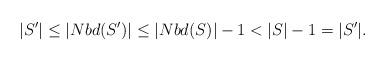
LaTeX: \begin{align*} |S'| \leq |Nbd(S')| \leq |Nbd(S)| -1 < |S| -1 = |S'|. \end{align*}